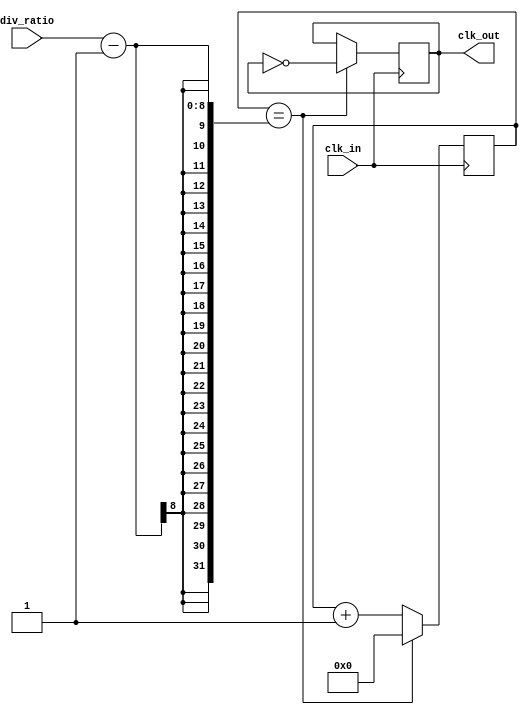
module clock_divider (
    input wire clk_in,
    input wire [7:0] div_ratio,
    output reg clk_out
);

reg [7:0] count;

always @(posedge clk_in) begin
    if (count == div_ratio - 1) begin
        count <= 0;
        clk_out <= ~clk_out;
    end else begin
        count <= count + 1;
    end
end

endmodule